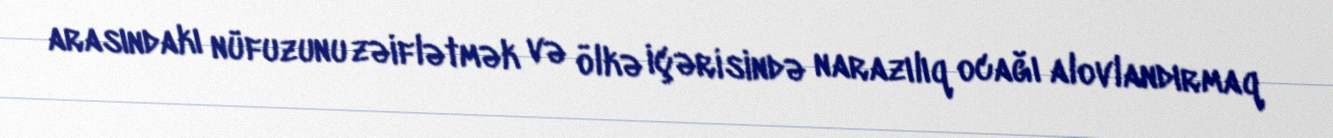
arasındakı nüfuzunu zəiflətmək və ölkə içərisində narazılıq ocağı alovlandırmaq